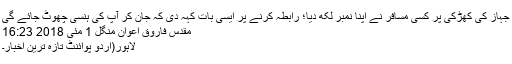
جہاز کی کھڑکی پر کسی مسافر نے اپنا نمبر لکھ دیا؛ رابطہ کرنے پر ایسی بات کہہ دی کہ جان کر آپ کی ہنسی چھوٹ جائے گی
مقدس فاروق اعوان منگل 1 مئی 2018 16:23
لاہور(اردو پوائنٹ تازہ ترین اخبار۔